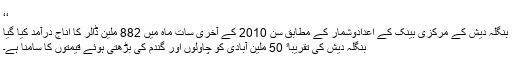
‘‘
بنگلہ دیش کے مرکزی بینک کے اعدادوشمار کے مطابق سن 2010 کے آخری سات ماہ میں 882 ملین ڈالر کا اناج درآمد کیا گیا
بنگلہ دیش کی تقریباﹰ 50 ملین آبادی کو چاولوں اور گندم کی بڑھتی ہوئے قیمتوں کا سامنا ہے۔